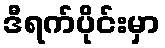
ဒီရက်ပိုင်းမှာ